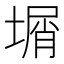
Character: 𡎮